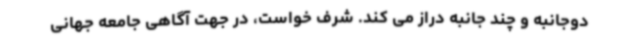
دوجانبه و چند جانبه دراز می کند. شرف خواست، در جهت آگاهی جامعه جهانی